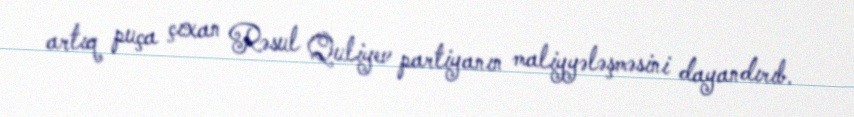
artıq puça çıxan Rəsul Quliyev partiyanın maliyyələşməsini dayandırıb.